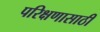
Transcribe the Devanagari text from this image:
परिक्षणासाठी